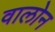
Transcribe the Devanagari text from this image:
वालोन